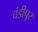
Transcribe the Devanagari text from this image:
चंडीपूर